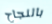
بالنجاح